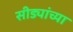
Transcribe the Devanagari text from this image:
सीड्यांच्या